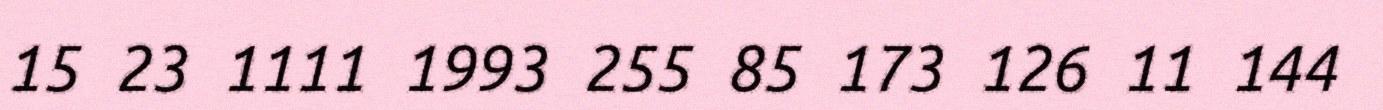
15 23 1111 1993 255 85 173 126 11 144